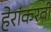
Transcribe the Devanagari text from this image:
हेरांकरवी